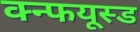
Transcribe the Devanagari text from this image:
क्न्फयूस्ड